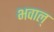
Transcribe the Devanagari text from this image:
भवाल्